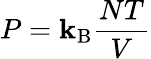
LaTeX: P=\mathbf{k}_{\mathrm{{{B}}}}{\frac{{NT}}{{V}}}